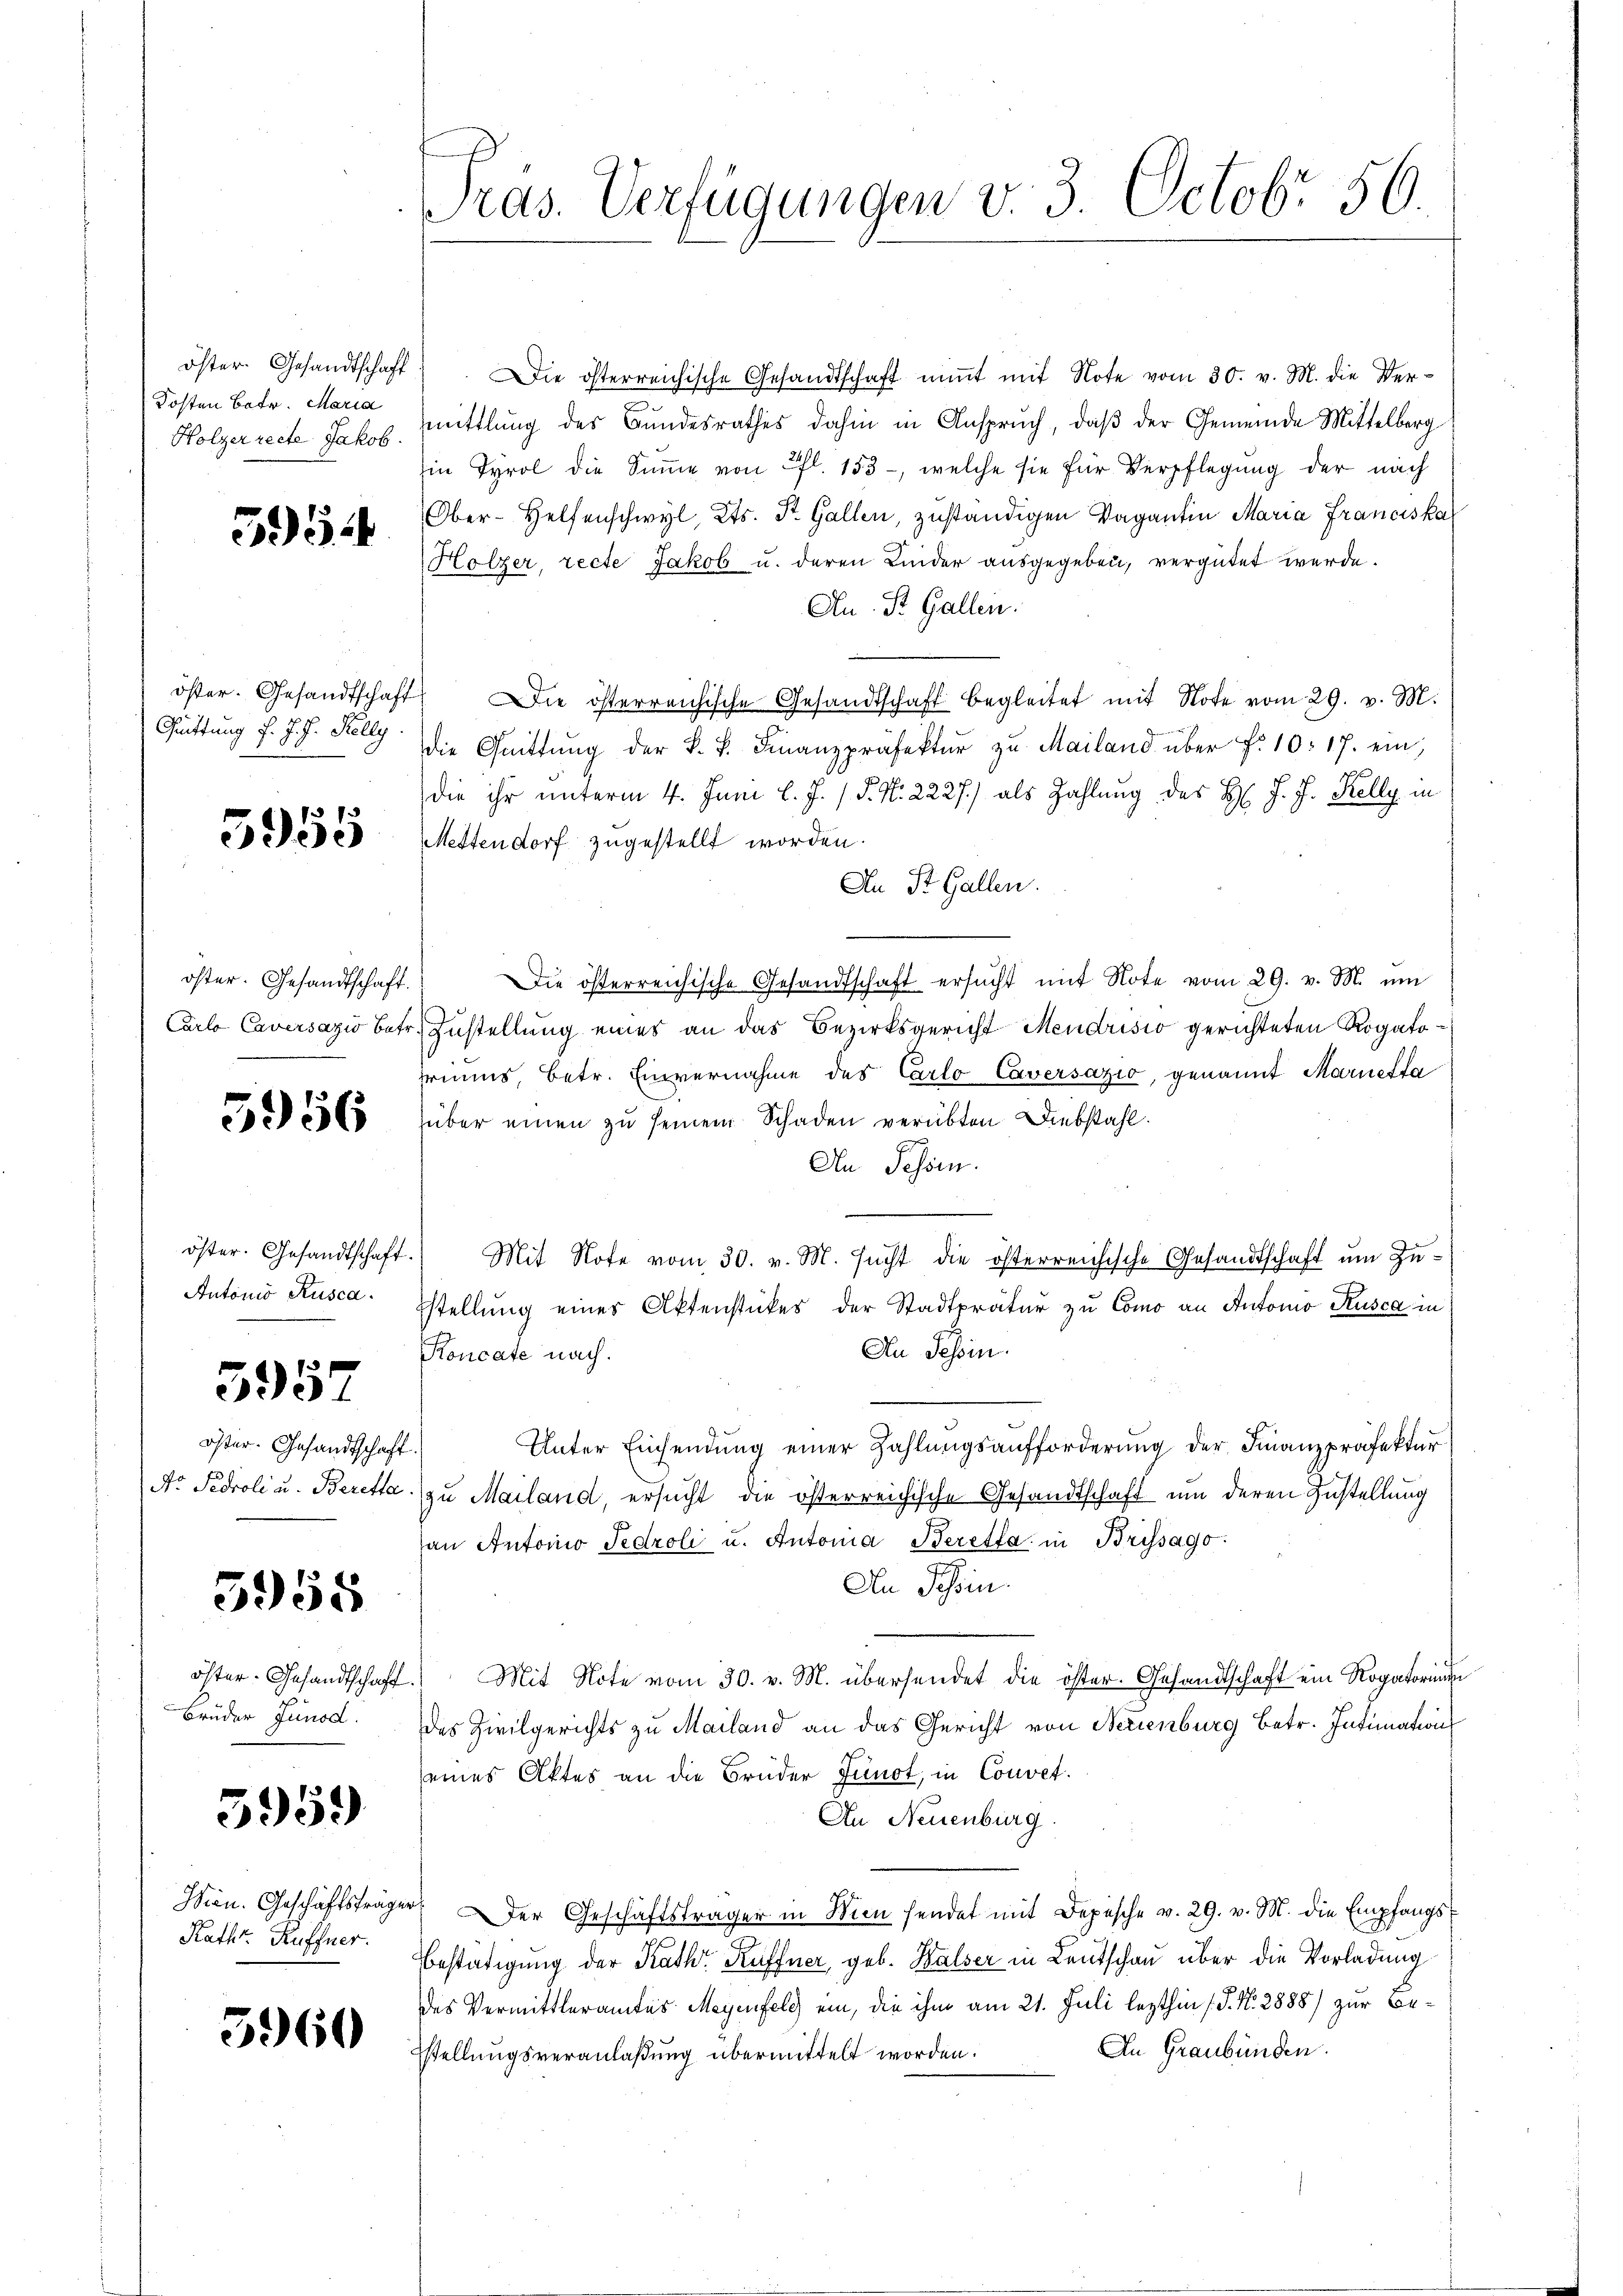
öster Gesandtschaft
Kosten Betr. Maria
Holzerrecte Jakob.

552

öster. Gesandtschaft
Quittung d. J. J. Kelly

5955

öster. Gesandtschaft.
Carlo Caversazio betr

5956

öster. Gesandtschaft.
Antonio Rusca.

301

öster. Gesandtschaft
Nr Pedroli u. Beretta

5958

öster. Gesandtschaft
Brüder Junod.

3959)

Wien. Geschäftsträge
Kath. Küffner.

5960

Pras. Verfügungen v. 3. Octobr 56

Die österreichische Gesandtschaft nit mit Note vom 30. v. M. die Ver-
mittlung des Bundesrathes dahin in Anspruch, daß der Gemeinde Mittelberg
in Tyrol die Summe von fl. 153, welche sie für Verpflegung der nach
Ober-Helfenschwyl, Kts. St. Gallen, zuständigen Vagantin Maria Franciska
Holzer, recte Jakob u. deren Kinder ausgegeben, vergütet werde.
Au. Pr. Gallen.
ie österreichische Gesandtschaft begleitet mit Note vom 29. v. M.
die Quittŭng der k. k. Finanzpräfektur zu Mailand über f. 10. 17. ein,
die ihr unterm 4. Juni l. J. (T. N. 2227) als Zahlung des H. J. J. Kelly in
Mettendorf zugestellt worden.
An St. Gallen.
Die österreichische Gesandtschaft ersŭcht mit Note vom 29. v. M. um
Zustellung eines an das Bezirksgericht Mendrisio gerichteten Rogatoriums, betr. Einvernahme des Carlo Caversazio, genannt Mariesta
über einen zu seinem Schaden verübten Diebstahl.
An Schön.
Mit Note vom 30. v. M. sucht die österreichische Gesandtschaft um Zustellung eines Aktenstückes der Stadtpräter zu Como an Automo Rusca in
An Tessin.
Koncate nach.
Unter Einsendung einer Zahlungsaufforderung der Finanzpräfektur
zu Mailand, ersucht die österreichische Gesandtschaft um deren Zustellung
an Antonio Tedroli u. Antonia Beretta in Brissago
An Schein.
Mit Note vom 30. v. M. übersendet die öster. Gesandtschaft ein Rogatorin
des Zivilgerichts zu Mailand an das Gericht von Nerienburg betr. Intimation
seines Aktes an die Brüder Junot, in Couvet.
An Neuenburg
 der Geschäftsträger in Wien sendet mit Depesche v. 29. v. M. die Empfangs¬
Bestätigung der Rath Kuffner, geb. Walser in Leutschau über die Vorladung
des Vermittleramtes Magenfeld ein, die ihm am 21. Juli lezthin (S. Nr. 2888) zur Be¬
An Graubünden.
stellungsveranlaßung übermittelt worden.